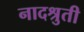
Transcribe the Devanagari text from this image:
नादश्रुती